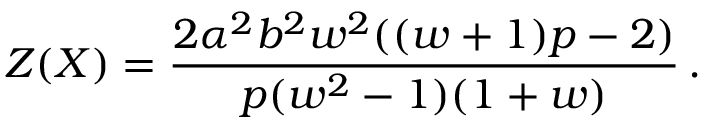
Z ( X ) = \frac { 2 \alpha ^ { 2 } b ^ { 2 } w ^ { 2 } ( ( w + 1 ) p - 2 ) } { p ( w ^ { 2 } - 1 ) ( 1 + w ) } \, .